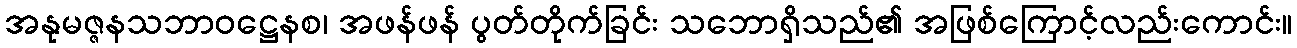
အနုမဇ္ဇနသဘာဝဋ္ဌေနစ၊ အဖန်ဖန် ပွတ်တိုက်ခြင်း သဘောရှိသည်၏ အဖြစ်ကြောင့်လည်းကောင်း။